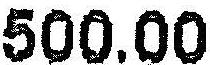
500.00